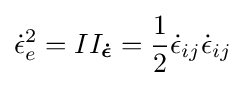
{\dot {\epsilon }}_{e}^{2}=II_{\boldsymbol {\dot {\epsilon }}}={\frac {1}{2}}{\dot {\epsilon }}_{ij}{\dot {\epsilon }}_{ij}